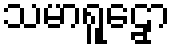
သမာရူဠှော